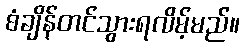
စံချိန်တင်သွားရလိမ့်မည်။